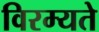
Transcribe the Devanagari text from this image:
विरम्यते